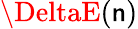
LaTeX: \DeltaE(\mathsf{n})